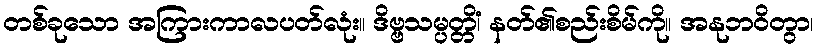
တစ်ခုသော အကြားကာလပတ်လုံး။ ဒိဗ္ဗသမ္ပတ္တိံ၊ နတ်၏စည်းစိမ်ကို။ အနုဘဝိတွာ၊